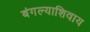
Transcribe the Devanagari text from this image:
बंगल्याशिवाय